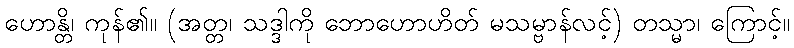
ဟောန္တိ၊ ကုန်၏။ (အတ္တ၊ သဒ္ဒါကို ဘောဟောဟိတ် မသမ္ဗာန်လင့်) တသ္မာ၊ ကြောင့်။